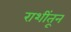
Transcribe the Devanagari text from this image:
राशींतून